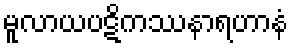
မူလာယပဋိကဿနာရဟာနံ